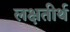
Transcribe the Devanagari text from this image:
लक्षतीर्थ